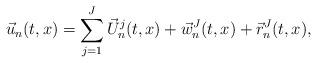
LaTeX: \begin{align*}\vec u_n(t,x) = \sum_{j = 1}^J \vec U^j_n(t,x) + \vec w^J_n(t,x) + \vec r_n^J(t,x), \end{align*}